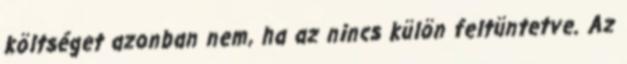
költséget azonban nem, ha az nincs külön feltüntetve. Az